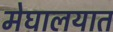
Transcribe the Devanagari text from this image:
मेघालयात